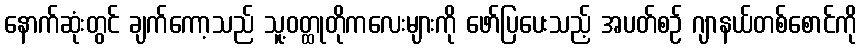
နောက်ဆုံးတွင် ချက်ကော့သည် သူ့ဝတ္ထုတိုကလေးများကို ဖော်ပြပေးသည့် အပတ်စဉ် ဂျာနယ်တစ်စောင်ကို